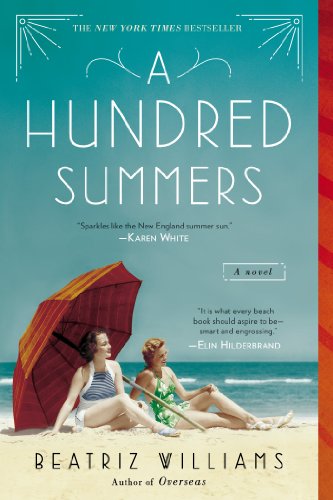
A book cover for A Hundred Summers; Beatriz Williams; Romance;